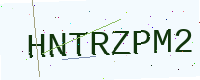
Text: HNTRZPM2